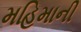
મહિમાની